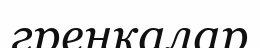
гренкалар